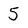
Character: 5